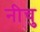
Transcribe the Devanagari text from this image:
नीचु